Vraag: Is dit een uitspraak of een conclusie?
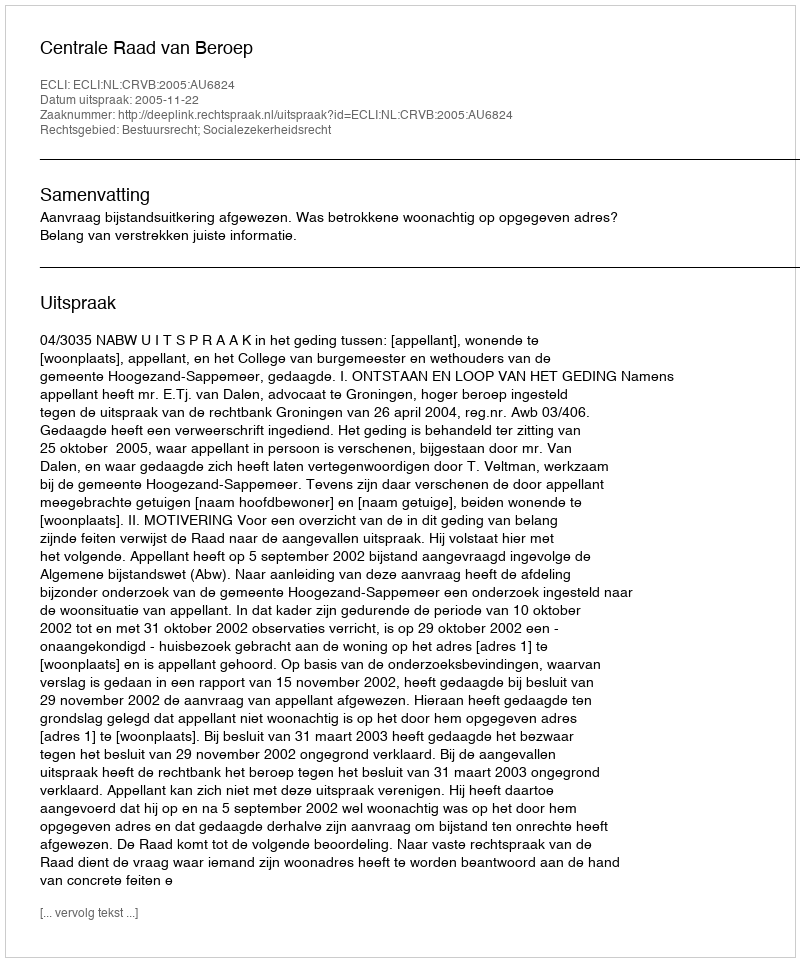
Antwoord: Uitspraak